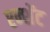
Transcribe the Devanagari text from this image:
एन्शेंट